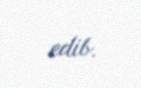
edib.